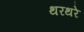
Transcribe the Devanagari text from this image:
थरथरे